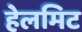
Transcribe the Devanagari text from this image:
हेलमिट